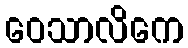
ဝေသာလိကေ